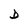
Character: D